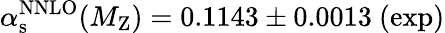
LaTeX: \alpha_{\mathrm{s}}^{\mathrm{NNLO}}(M_{\mathrm{Z}})=0.1143\pm 0.0013~(\mathrm{exp)}